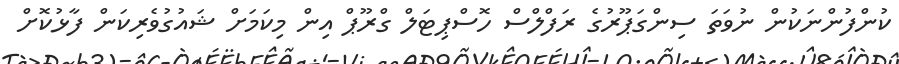
ކުންފުންނަކުން ނުވަތަ ސިންގަޕޫރުގެ ރަފްލްސް ހޮސްޕިޓަލް ގްރޫޕް އިން މިކަމަށް ޝައުގުވެރިކަން ފާޅުކޮށް